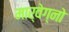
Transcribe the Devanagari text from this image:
मार्वेग्नो